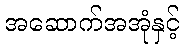
အဆောက်အအုံနှင့်